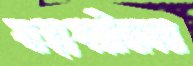
স্বাস্থ্যপরীক্ষার